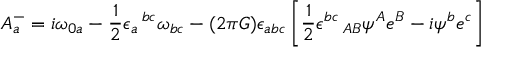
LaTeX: A _ { a } ^ { - } = i \omega _ { 0 a } - { \frac { 1 } { 2 } } \epsilon _ { a } \, ^ { b c } \omega _ { b c } - ( 2 \pi G ) \epsilon _ { a b c } \left[ { \frac { 1 } { 2 } } \epsilon ^ { b c } \, _ { A B } \psi ^ { A } e ^ { B } - i \psi ^ { b } e ^ { c } \right]